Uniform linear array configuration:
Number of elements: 16
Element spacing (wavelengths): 0.75
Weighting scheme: binomial
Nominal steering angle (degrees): -60
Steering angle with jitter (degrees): -60.206
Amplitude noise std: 0.05
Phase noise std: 0.05

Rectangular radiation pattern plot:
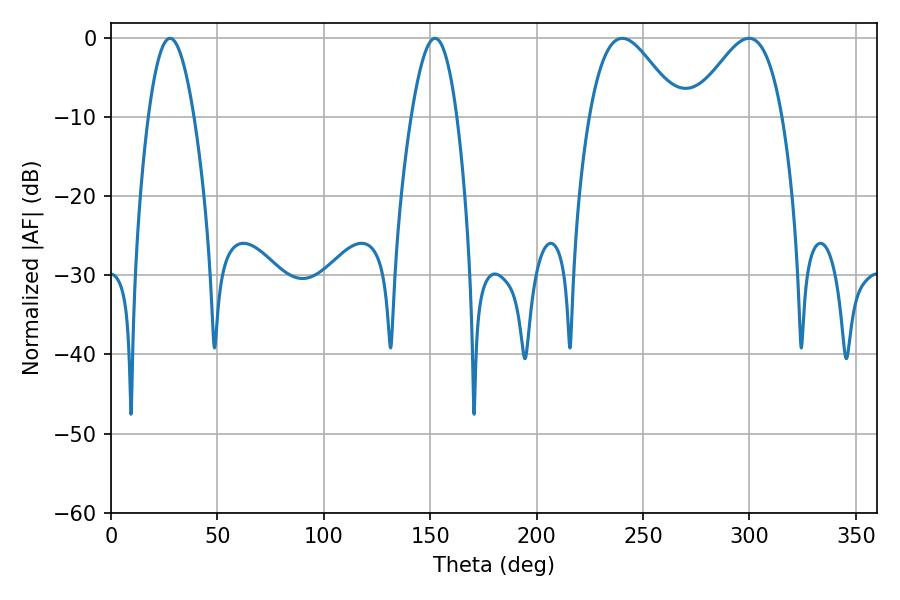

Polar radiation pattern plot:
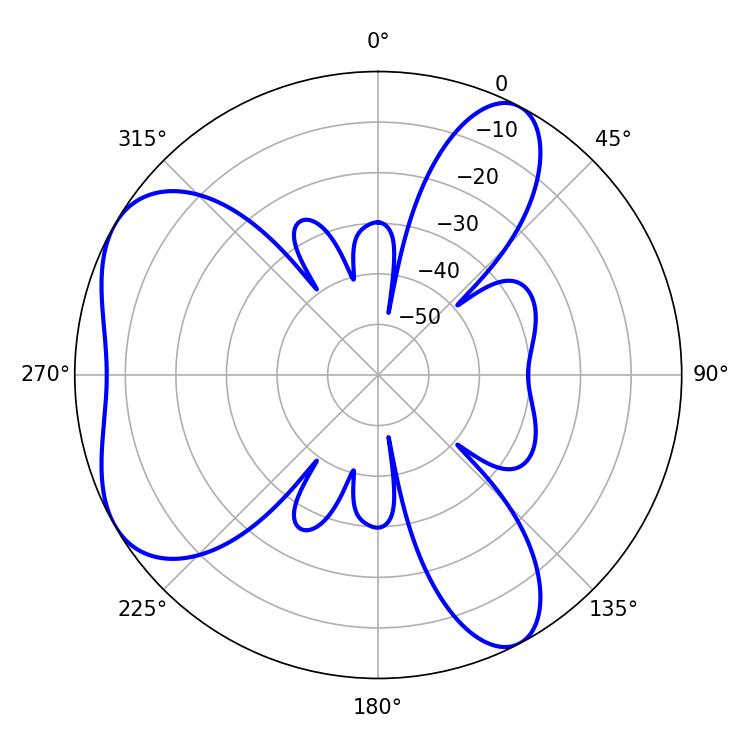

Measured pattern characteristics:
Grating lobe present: TRUE
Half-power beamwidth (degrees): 11.7
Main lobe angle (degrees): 152.28